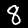
Label: 8